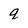
Character: q